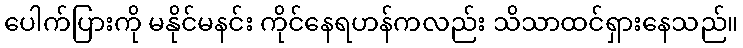
ပေါက်ပြားကို မနိုင်မနင်း ကိုင်နေရဟန်ကလည်း သိသာထင်ရှားနေသည်။